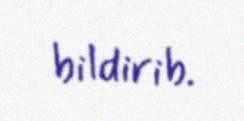
bildirib.